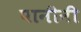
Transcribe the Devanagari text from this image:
पानीनी